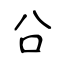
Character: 㕣